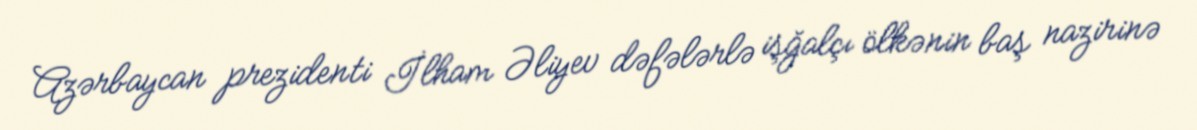
Azərbaycan prezidenti İlham Əliyev dəfələrlə işğalçı ölkənin baş nazirinə